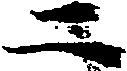
二